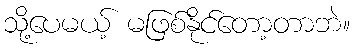
သို့ပေမယ့် မဖြစ်နိုင်တော့တာဘဲ။